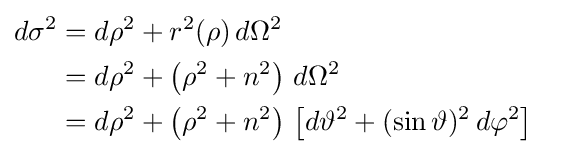
{\begin{aligned}d\sigma ^{2}&=d\rho ^{2}+r^{2}(\rho )\,d\Omega ^{2}\\&=d\rho ^{2}+\left(\rho ^{2}+n^{2}\right)\,d\Omega ^{2}\\&=d\rho ^{2}+\left(\rho ^{2}+n^{2}\right)\,\left[d\vartheta ^{2}+(\sin \vartheta )^{2}\,d\varphi ^{2}\right]\;\;\end{aligned}}